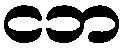
ငဘ